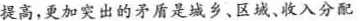
提高，更加突出的矛盾是城乡、区域、收入分配